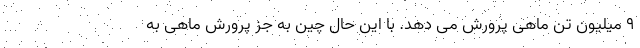
9 میلیون تن ماهی پرورش می دهد. با این حال چین به جز پرورش ماهی به